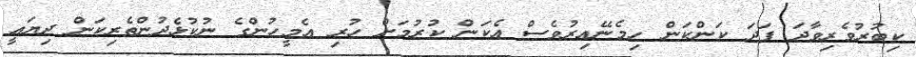
ކިބުރުވެރިވާދަ ފަދަ ކަންކަން ހިމެނޭއިރުވެސް އެކަން ކުރުމަށް ހުރި އެމީހުންގެ ނުކުޅެދުންތެރިކަން ދިޔައީ